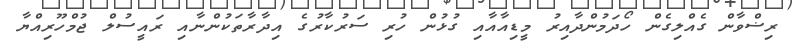
ރިޟްވާން ގެއްލިގެން ހޯދަމުންދާއިރު މީޑިއާއާއި ގުޅުން ހުރި ސަރުކާރުގެ އިދާރާތަކުންނާއި ރައީސުލް ޖުމްހޫރިއްޔާ